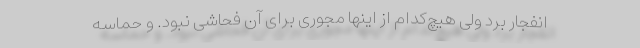
انفجار برد ولی هیچ‌کدام از اینها مجوری برای آن فحاشی نبود. و حماسه